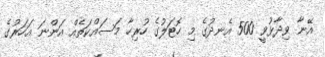
އޭނާ ވިދާޅުވީ 500 އެނދުގެ މި ހޮޓަލުގެ ހުރިހާ މަސައްކަތެއް އަންނަ އަހަރުގެ